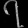
Digit: ၇